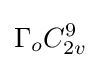
\Gamma _{o}C_{2v}^{9}